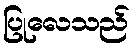
ပြုလေသည်